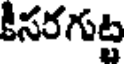
కీసరగుట్ట